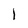
Character: l